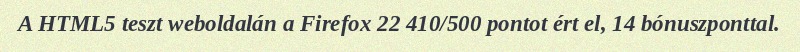
A HTML5 teszt weboldalán a Firefox 22 410/500 pontot ért el, 14 bónuszponttal.